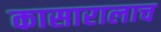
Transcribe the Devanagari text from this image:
कासारालाच